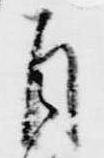
自